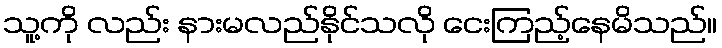
သူ့ကို လည်း နားမလည်နိုင်သလို ငေးကြည့်နေမိသည်။